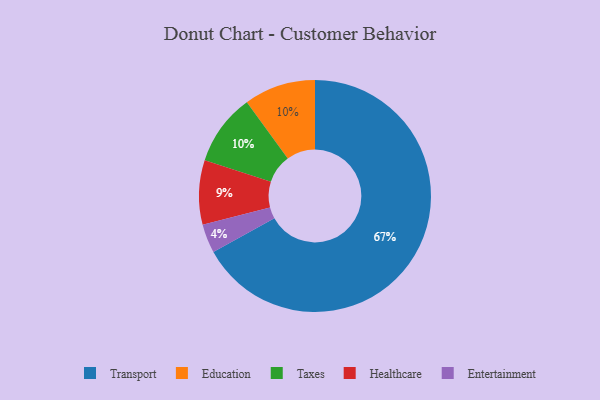
{"axis": {"x": "Category", "y": "Percentage"}, "legend": ["Education", "Entertainment", "Healthcare", "Taxes", "Transport"], "data": [{"x": "Transport", "y": 67, "type": "Transport"}, {"x": "Education", "y": 10, "type": "Education"}, {"x": "Taxes", "y": 10, "type": "Taxes"}, {"x": "Healthcare", "y": 9, "type": "Healthcare"}, {"x": "Entertainment", "y": 4, "type": "Entertainment"}]}